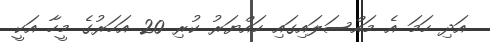
އަދި ހަމަ އެ މައްސަލައިގައި ހައްޔަރު ކުރި 20 އަހަރުގެ މީހާ އަކީ